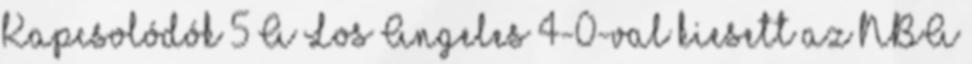
Kapcsolódók 5 A Los Angeles 4-0-val kiesett az NBA